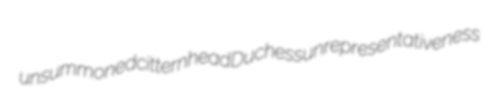
unsummoned citternhead Duchess unrepresentativeness